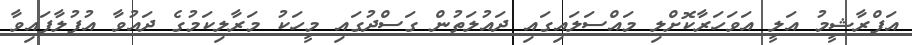
އަފްރާޝީމު އަލީ އަވަހަރާކޮށްލި މައްސަލައިގައި ދައުލަތުން ގަސްދުގައި މީހަކު މަރާލިކަމުގެ ދައުވާ އުފުލާފައިވާ